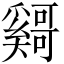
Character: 𫰄